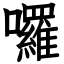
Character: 囉